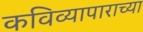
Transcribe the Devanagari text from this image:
कविव्यापाराच्या